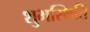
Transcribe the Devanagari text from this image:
शुभस्थिति